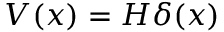
V ( x ) = H \delta ( x )